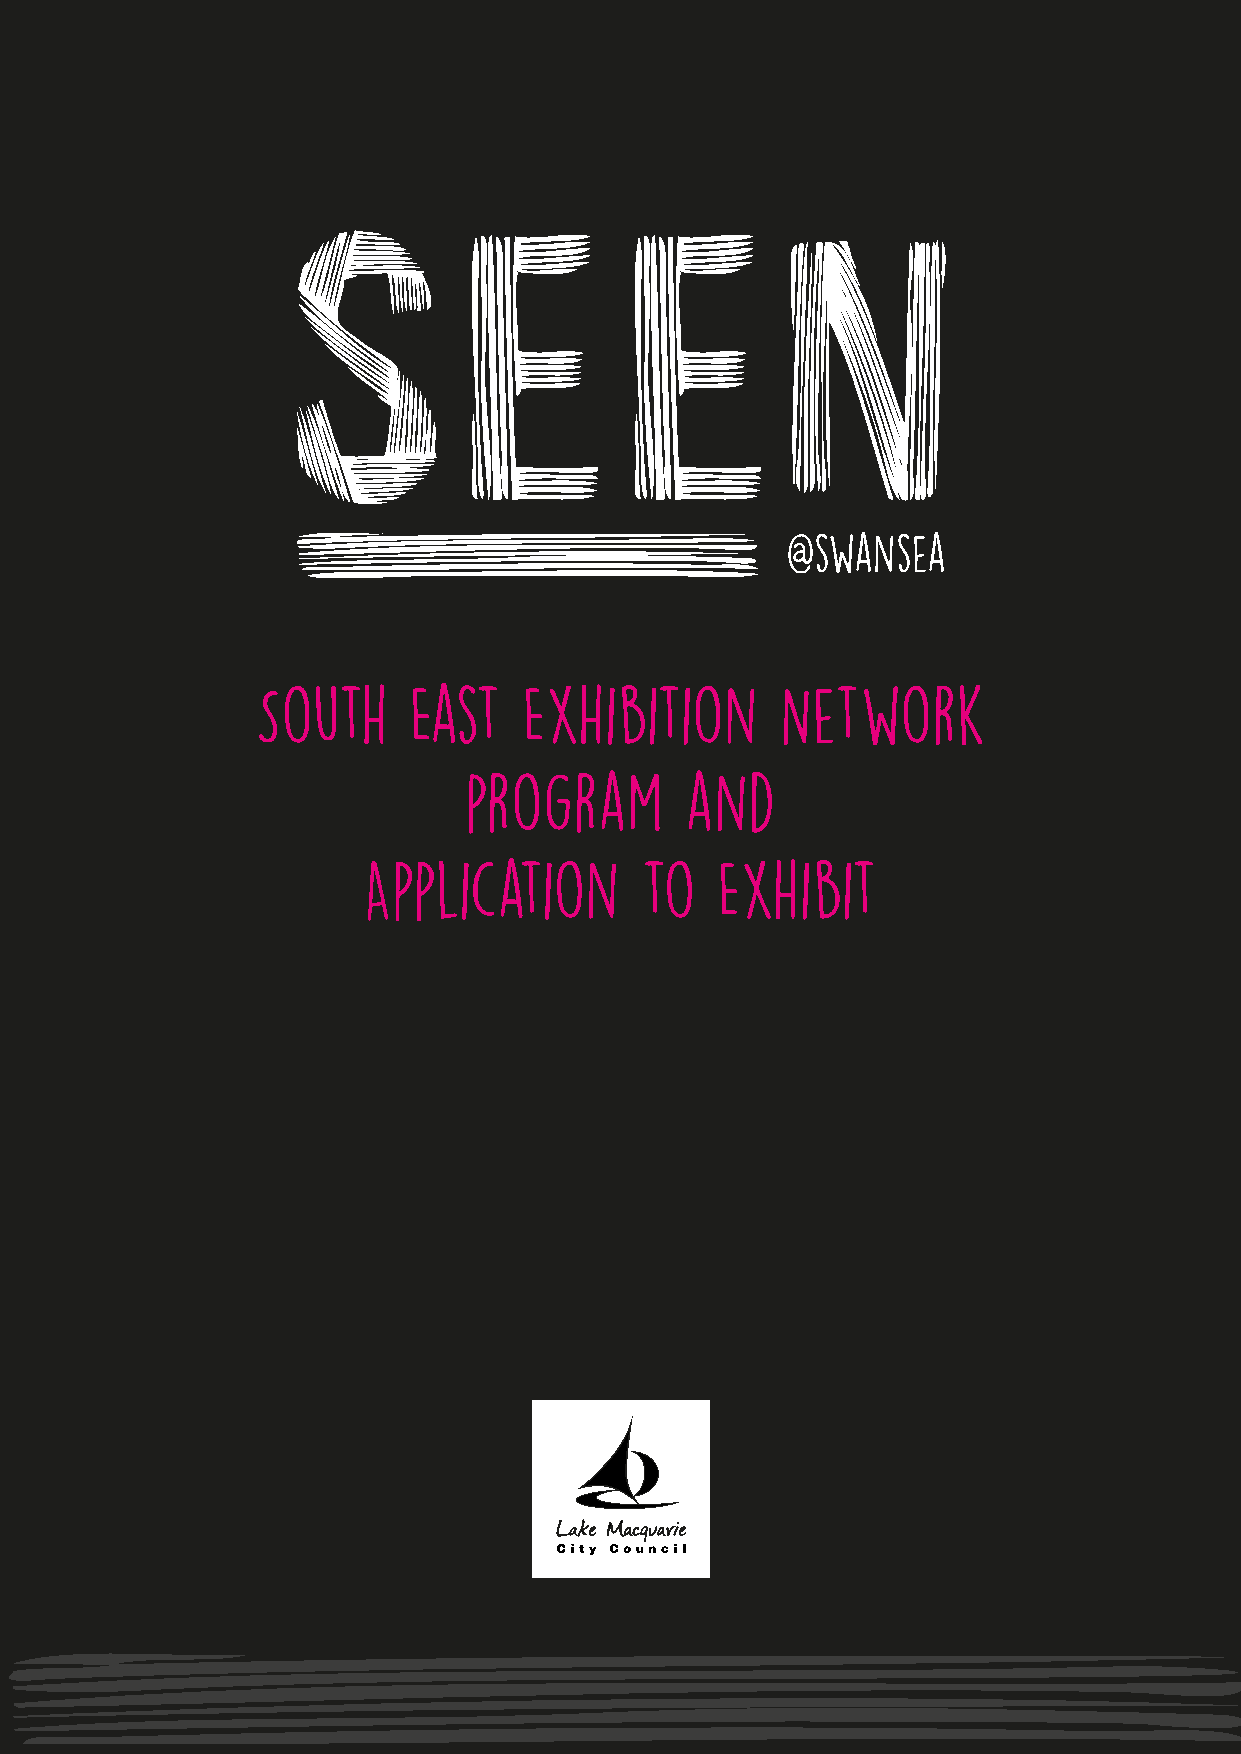
@swansea
 South     East    Exhibition       Network
 program       and
 Application       to   Exhibit
 SEEN@Swansea | South East Exhibition Network | Program and application form 1